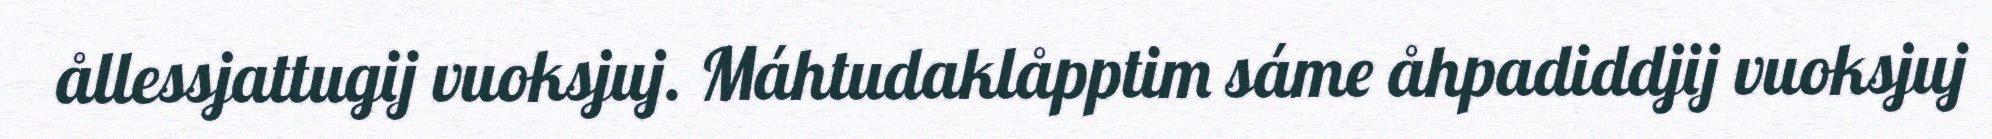
ållessjattugij vuoksjuj. Máhtudaklåpptim sáme åhpadiddjij vuoksjuj